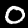
Digit: 0